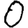
Digit: 0